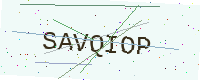
Text: SAVQIOP